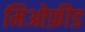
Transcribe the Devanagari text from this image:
मिओफ़ीड